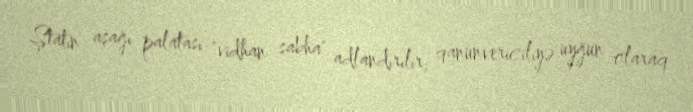
Ştatın aşağı palatası "vidhan sabha" adlandırılır, qanunvericiliyə uyğun olaraq